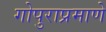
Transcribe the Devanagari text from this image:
गोपुराप्रमाणे